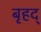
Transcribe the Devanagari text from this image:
बृहद्‌